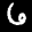
Label: 6